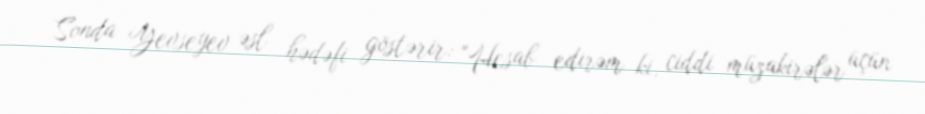
Sonda Yevseyev əsl hədəfi göstərir: "Hesab edirəm ki, ciddi müzakirələr üçün